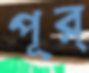
পূর্